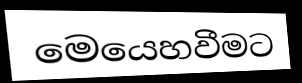
මෙයෙහවීමට